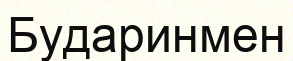
Бударинмен